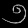
Digit: ၅